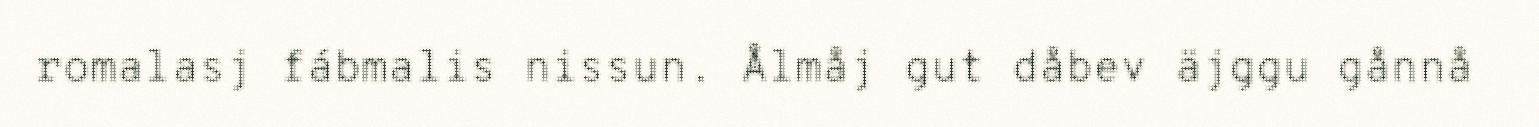
romalasj fábmalis nissun. Ålmåj gut dåbev äjggu gånnå